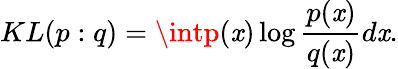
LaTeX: KL(p:q)=\intp(\mathit{x})\log{\frac{{p(\mathit{x})}}{{q(\mathit{x})}}}d\mathit{x}.